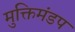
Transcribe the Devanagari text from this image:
मुक्तिमंडप